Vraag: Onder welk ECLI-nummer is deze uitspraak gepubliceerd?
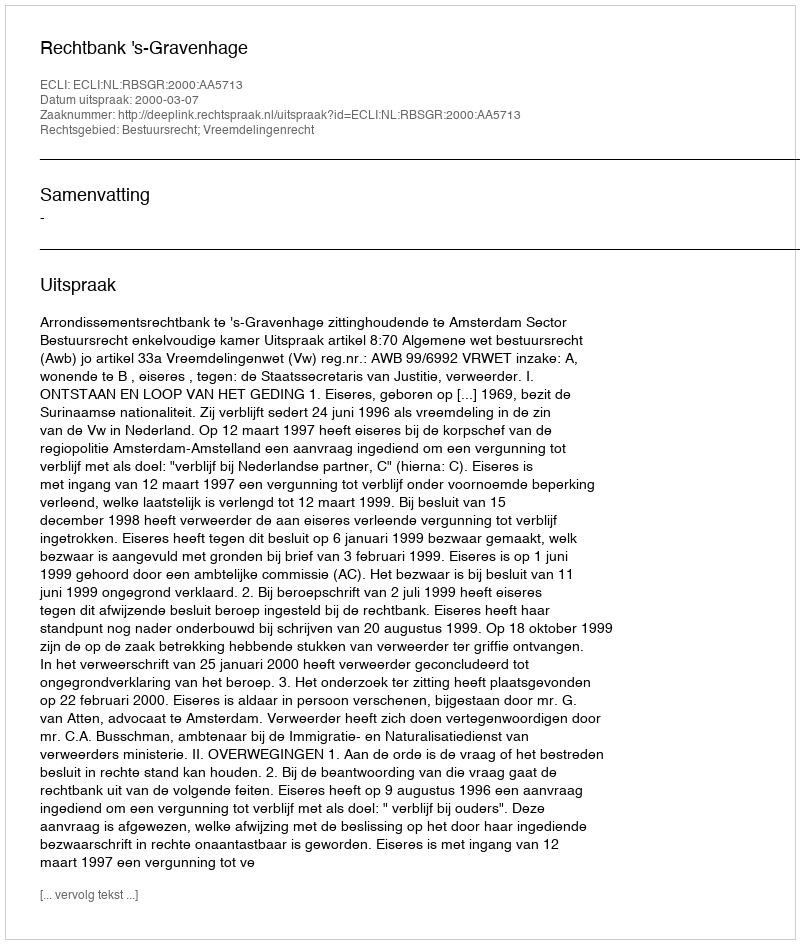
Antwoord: ECLI:NL:RBSGR:2000:AA5713